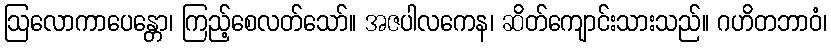
ဩလောကာပေန္တော၊ ကြည့်စေလတ်သော်။ အဇပါလကေန၊ ဆိတ်ကျောင်းသားသည်။ ဂဟိတဘာဝံ၊